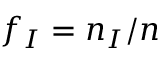
f _ { I } = n _ { I } / n